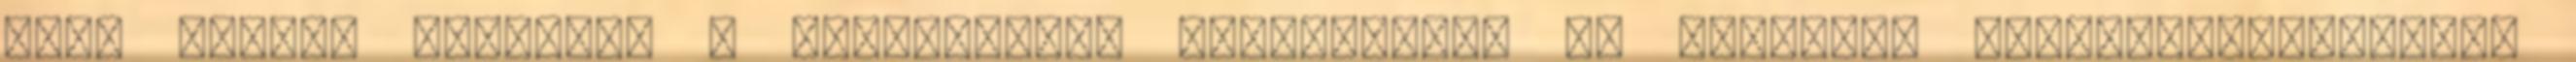
első szaúdi lépések" - fogalmazott csütörtökön az amerikai külügyminisztérium